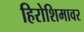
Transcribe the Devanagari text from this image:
हिरोशिमावर